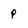
Character: p